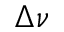
\Delta \nu